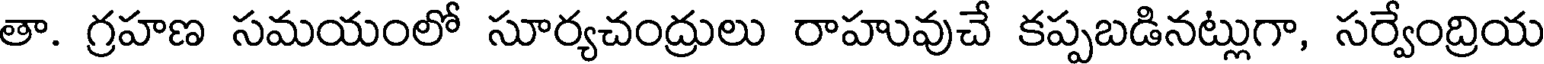
తా. గ్రహణ సమయంలో సూర్యచంద్రులు రాహువుచే కప్పబడినట్లుగా, సర్వేంద్రియ